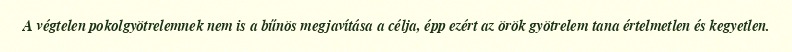
A végtelen pokolgyötrelemnek nem is a bűnös megjavítása a célja, épp ezért az örök gyötrelem tana értelmetlen és kegyetlen.